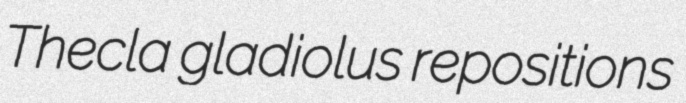
Thecla gladiolus repositions